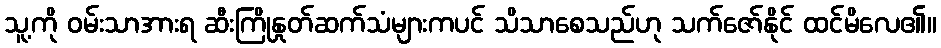
သူ့ကို ဝမ်းသာအားရ ဆီးကြိုနှုတ်ဆက်သံများကပင် သိသာစေသည်ဟု သက်ဇော်နိုင် ထင်မိလေ၏။